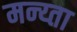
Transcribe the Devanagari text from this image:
मन्य्ता